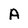
Character: A